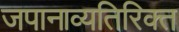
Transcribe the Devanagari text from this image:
जपानाव्यतिरिक्त